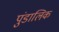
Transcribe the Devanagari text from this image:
पुंडालिक